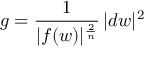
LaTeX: g = { \frac { 1 } { | f ( w ) | ^ { \frac { 2 } { n } } } } \, | d w | ^ { 2 }